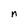
Character: n